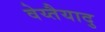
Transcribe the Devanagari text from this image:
वेय्तैयादु